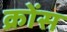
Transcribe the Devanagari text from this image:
क्रोंस